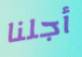
أجلنا